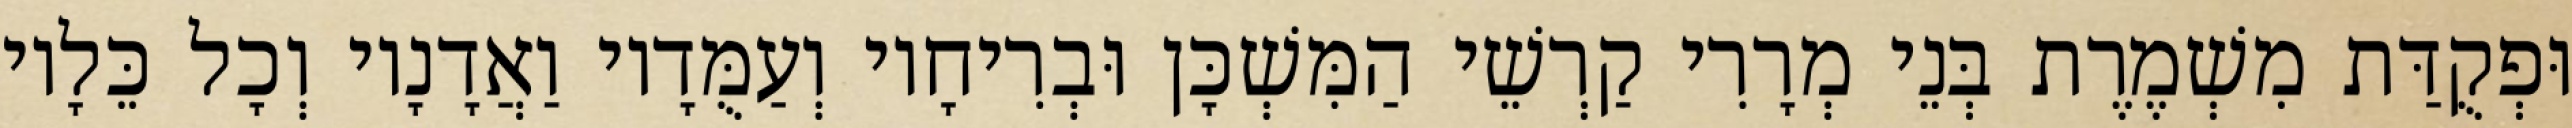
וּפְקֻדַּת מִשְׁמֶרֶת בְּנֵי מְרָרִי קַרְשֵׁי הַמִּשְׁכָּן וּבְרִיחָיו וְעַמֻּדָיו וַאֲדָנָיו וְכָל כֵּלָיו